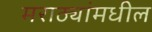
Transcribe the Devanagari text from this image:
मराठ्यांमधील